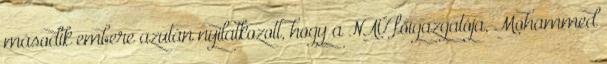
második embere azután nyilatkozott, hogy a NAÜ főigazgatója, Mohammed